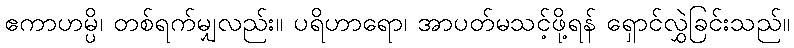
ဧကာဟမ္ပိ၊ တစ်ရက်မျှလည်း။ ပရိဟာရော၊ အာပတ်မသင့်ဖို့ရန် ရှောင်လွှဲခြင်းသည်။